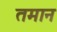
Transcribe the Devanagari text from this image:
तमान